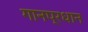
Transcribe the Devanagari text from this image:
गानप्रधान